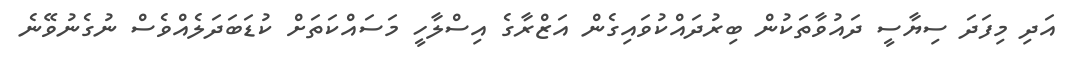
އަދި މިފަދަ ސިޔާސީ ދައުވާތަކުން ބިރުދައްކުވައިގެން އަޒްރާގެ އިސްލާހީ މަސަައްކަތަށް ކުޑަބަދަލެެއްވެސް ނުގެނުވޭނެ